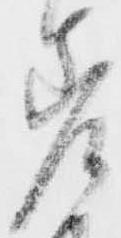
差